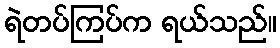
ရဲတပ်ကြပ်က ရယ်သည်။